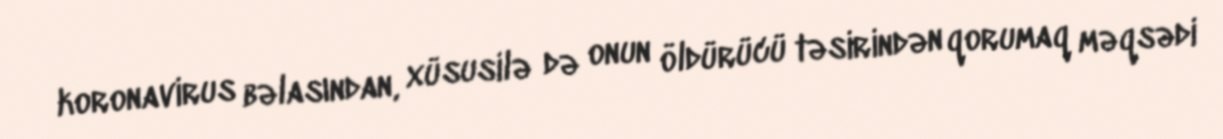
koronavirus bəlasından, xüsusilə də onun öldürücü təsirindən qorumaq məqsədi